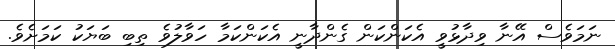
ނަމަވެސް އޭނާ ވިދާޅުވީ އެކަންކަން ގެންދާނީ އެކަންކަމާ ހަވާލުވެ ތިބި ބަޔަކު ކަމަށެވެ.